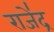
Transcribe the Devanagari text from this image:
राजे॑द्र